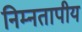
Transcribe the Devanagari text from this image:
निम्नतापीय